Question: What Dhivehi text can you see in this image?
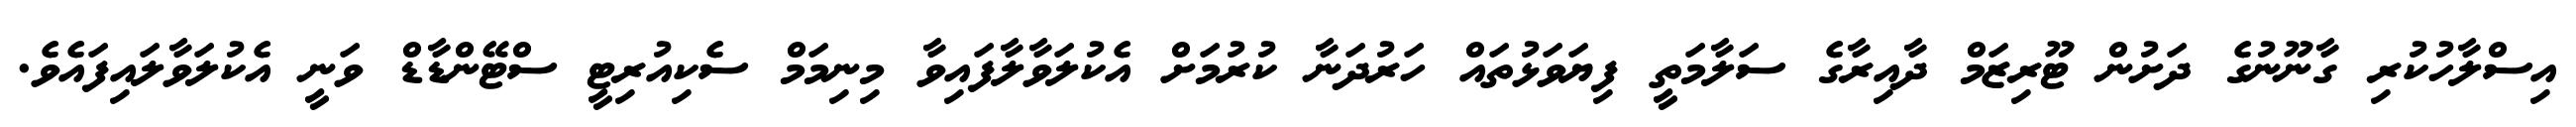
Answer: އިސްލާހުކުރި ގާނޫނުގެ ދަށުން ޓޫރިޒަމް ދާއިރާގެ ސަލާމަތީ ފިޔަވަޅުތައް ހަރުދަނާ ކުރުމަށް އެކުލަވާލާފައިވާ މިނިމަމް ސެކިއުރިޓީ ސްޓޭންޑާޑް ވަނީ އެކުލަވާލައިފައެވެ.